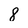
Character: 8